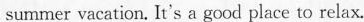
summer vacation. It's a good place to relax.